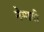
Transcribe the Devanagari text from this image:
नेमावी